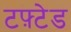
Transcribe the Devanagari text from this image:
टफ़्टेड